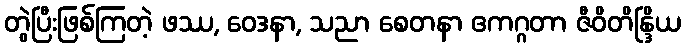
တွဲပြီးဖြစ်ကြတဲ့ ဖဿ, ဝေဒနာ, သညာ စေတနာ ဧကဂ္ဂတာ ဇီဝိတိန္ဒြိယ